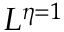
L ^ { \eta = 1 }